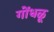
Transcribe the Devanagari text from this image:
गोंधळू